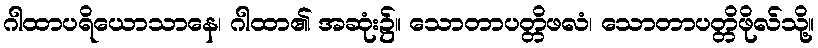
ဂါထာပရိယောသာနေ၊ ဂါထာ၏ အဆုံး၌။ သောတာပတ္တိဖလံ၊ သောတာပတ္တိဖိုလ်သို့။